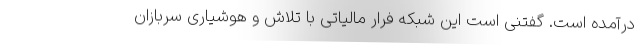
درآمده است. گفتنی است این شبکه فرار مالیاتی با تلاش و هوشیاری سربازان